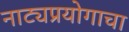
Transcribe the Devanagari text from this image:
नाट्यप्रयोगाचा